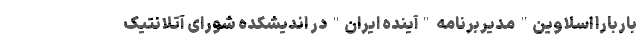
باربارا اسلاوین" مدیربرنامه "آینده ایران" در اندیشکده شورای آتلانتیک